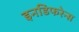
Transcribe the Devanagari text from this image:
इनडिफरेन्स